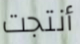
أنتجت